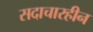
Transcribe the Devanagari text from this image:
सदाचारहीन